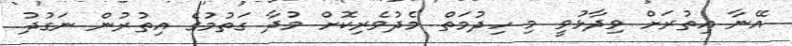
އޭނާ އިތުރަށް ވިދާޅުވީ މި ހިދުމަތް މެދުވެރިކޮށް މުދާ ގަތުމުގެ އިތުރުން ނަގުދު